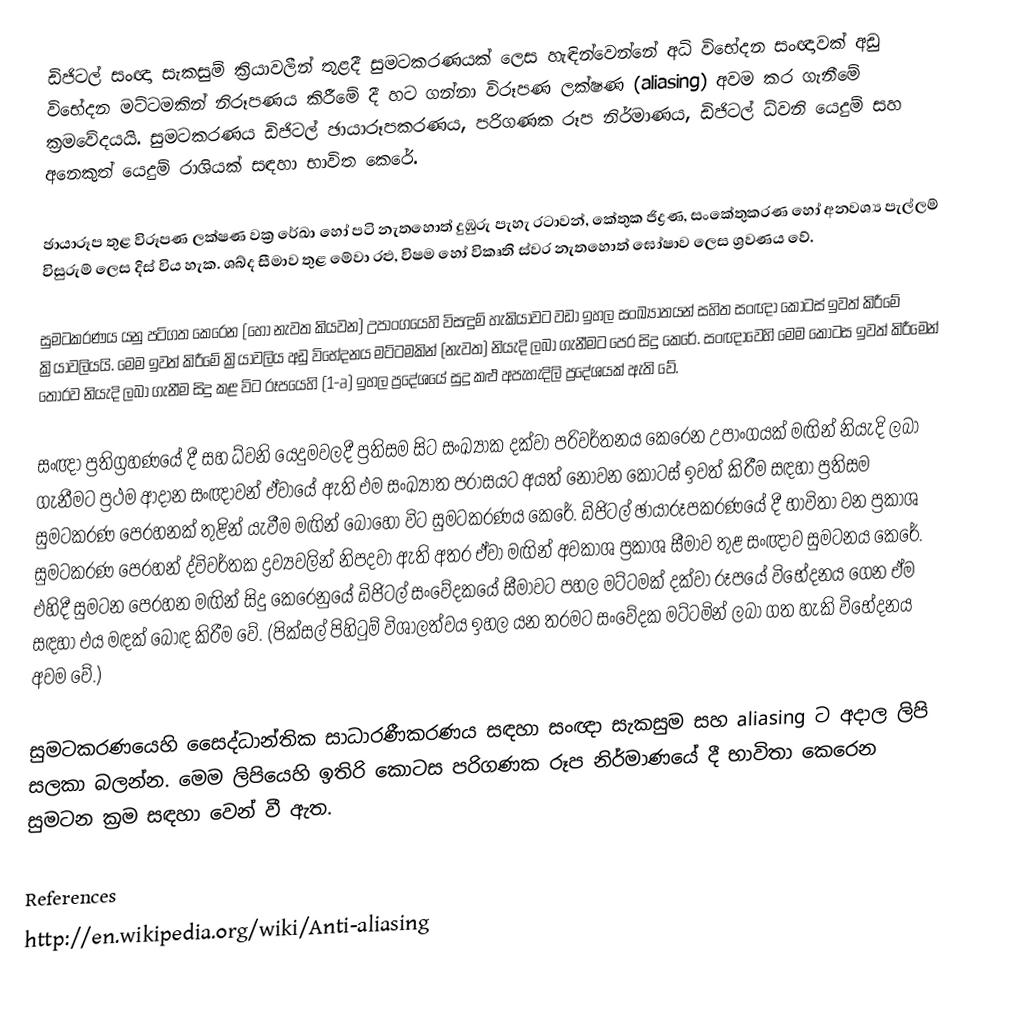
ඩිජිටල් සංඥා සැකසුම් ක්‍රියාවලීන් තුළදී සුමටකරණයක් ලෙස හැඳින්වෙන්නේ අධි විභේදන සංඥාවක් අඩු විභේදන මට්ටමකින් නිරූපණය කිරීමේ දී හට ගන්නා විරූපණ ලක්ෂණ (aliasing) අවම කර ගැනීමේ ක්‍රම‍වේදයයි. සුමටකරණය ඩිජිටල් ඡායාරූපකරණය, පරිගණක රූප නිර්මාණය, ඩිජිටල් ධ්වනි යෙදුම් සහ අනෙකුත් යෙදුම් රාශියක් සඳහා භාවිත කෙරේ.

ඡායාරූප තුළ විරූපණ ලක්ෂණ වක්‍ර රේඛා හෝ පටි නැතහොත් දුඹුරු පැහැ රටාවන්, කේතුක ජිද්‍රණ, ස‍ංකේතුකරණ හෝ අනවශ්‍ය පැල්ලම් විසුරුම් ලෙස දිස් විය හැක. ශබ්ද සීමාව තුළ මේවා රළු, විෂම හෝ විකෘති ස්වර නැතහොත් ඝෝෂාව ලෙස ශ්‍රවණය වේ.

සුමටකරණය යනු පටිගත කෙරෙන (හෝ නැවත කියවන) උපාංගයෙහි විසඳුම් හැකියාවට වඩා ඉහල සංඛ්‍යාතයන් සහිත සංඥා කොටස් ඉවත් කිරීමේ ක්‍රියාවලියයි. මෙම ඉවත් කිරීමේ ක්‍රියාවලිය අඩු විභේදනය මට්ටමකින් (නැවත) නියැදි ලබා ගැනීමට පෙර සිදු කෙරේ. සංඥාවෙහි මෙම කොටස ඉවත් කිරීමෙන් තොරව නියැදි ලබා ගැනීම සිදු කළ විට රූපයෙහි (1-a) ඉහල ප්‍රදේශයේ සුදු කළු අපැහැදිලි ප්‍රදේශයක් ඇති වේ.

සංඥා ප්‍රතිග්‍රහණයේ දී සහ ධ්වනි යෙදුමවලදී ප්‍රතිසම සිට සංඛ්‍යාක දක්වා පරිවර්තනය කෙරෙන උපාංගයක් මඟින් නියැදි ලබා ගැනීමට ප්‍රථම ආදාන සංඥාවන් ඒවායේ ඇති එම සංඛ්‍යාත පරාසයට අයත් නොවන කොටස් ඉවත් කිරීම සඳහා ප්‍රතිසම සුමටකරණ පෙරහනක් තුළින් ‍යැවීම මඟින් බොහෝ විට සුමටකරණය කෙරේ. ඩිජිටල් ඡායාරූපකරණයේ දී භාවිතා වන ප්‍රකාශ සුමටකරණ පෙරහන් ද්විවර්තක ද්‍රව්‍යවලින් නිපදවා ඇති අතර ඒවා මඟින් අවකාශ ප්‍රකාශ සීමාව තුළ සංඥාව සුමටනය කෙරේ. එහිදී සුමටන පෙරහන මඟින් සිදු කෙරෙනුයේ ඩිජිටල් සංවේදකයේ සීමාවට පහල මට්ටමක් දක්වා රූපයේ විභේදනය ගෙන ඒම සඳහා එය මඳක් බොඳ කිරීම වේ. (පික්සල් පිහිටුම් විශාලත්වය ඉහල යන තරමට සංවේදක මට්ටමින් ලබා ගත හැකි විභේදනය අවම වේ.)

සුමටකරණයෙහි සෛද්ධාන්තික සාධාරණීකරණය සඳහා සංඥා සැකසුම සහ aliasing ට අදාල ලිපි සලකා බලන්න. මෙම ලිපියෙහි ඉතිරි කොටස පරිගණක රූප නිර්මාණයේ දී භාවිතා කෙරෙන සුමටන ක්‍රම සඳහා වෙන් වී ඇත.

References
http://en.wikipedia.org/wiki/Anti-aliasing